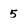
Character: 5